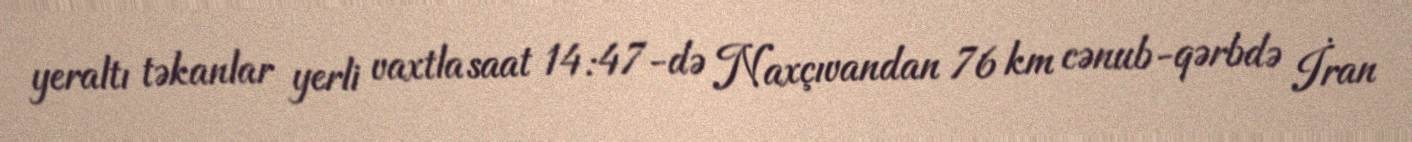
yeraltı təkanlar yerli vaxtla saat 14:47-də Naxçıvandan 76 km cənub-qərbdə İran